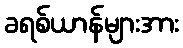
ခရစ်ယာန်များအား